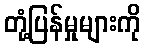
တုံ့ပြန်မှုများကို